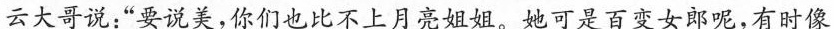
云大哥说：“要说美，你们也比不上月亮姐姐。她可是百变女郎呢，有时像